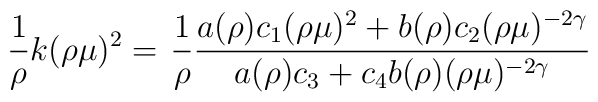
\frac{1}{\rho} k(\rho\mu)^{2} = \left. \frac{1}{\rho} \frac{a(\rho)    c_{1} (\rho\mu)^{2} +    b(\rho) c_{2} (\rho\mu)^{-2\gamma }}{ a(\rho) c_{3} + c_{4}      b(\rho) (\rho\mu)^{-2\gamma} } \right.